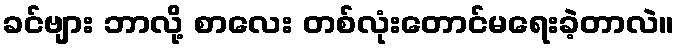
ခင်ဗျား ဘာလို့ စာလေး တစ်လုံးတောင်မရေးခဲ့တာလဲ။